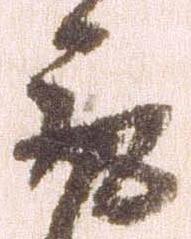
取